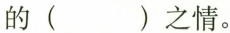
的( )之情。